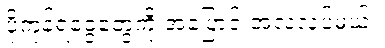
ပို့ကုန်ရငွေတွေကို အပြောင်းအလဲလုပ်မယ်။